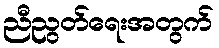
ညီညွတ်ရေးအတွက်